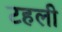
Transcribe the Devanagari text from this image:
टहली